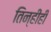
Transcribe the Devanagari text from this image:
तिन्हीही